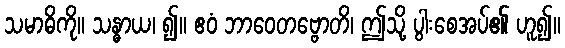
သမာဓိကို။ သန္ဓာယ၊ ၍။ ဧဝံ ဘာဝေတဗ္ဗောတိ၊ ဤသို့ ပွါးစေအပ်၏ ဟူ၍။